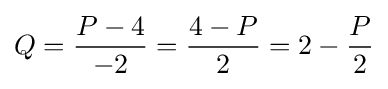
Q={\dfrac {P-4}{-2}}={\dfrac {4-P}{2}}=2-{\dfrac {P}{2}}